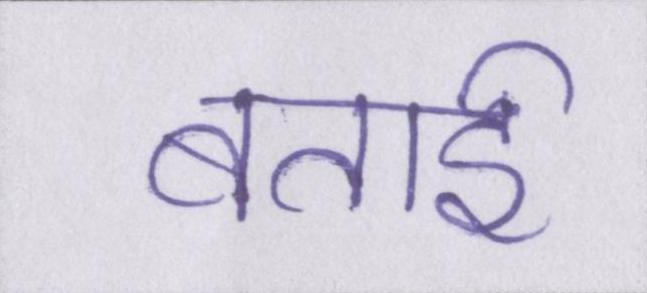
बताई